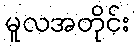
မူလအတိုင်း